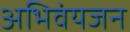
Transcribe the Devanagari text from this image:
अभिवंयजन